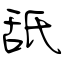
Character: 舐